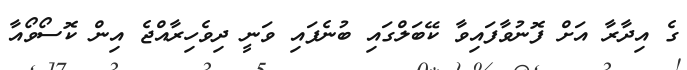
ގެ އިދާރާ އަށް ފޮނުވާފައިވާ ކޭބަލްގައި ބުނެފައި ވަނީ ދިވެހިރާއްޖެ އިން ކޮސޯވޯއާ